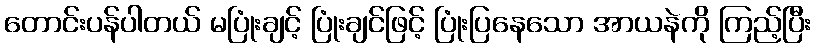
တောင်းပန်ပါတယ် မပြုံးချင့် ပြုံးချင်ဖြင့် ပြုံးပြနေသော အာယနဲကို ကြည့်ပြီး